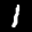
Label: 1